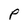
Character: P